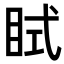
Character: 𥅞